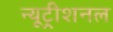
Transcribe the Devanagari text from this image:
न्यूट्रीशनल